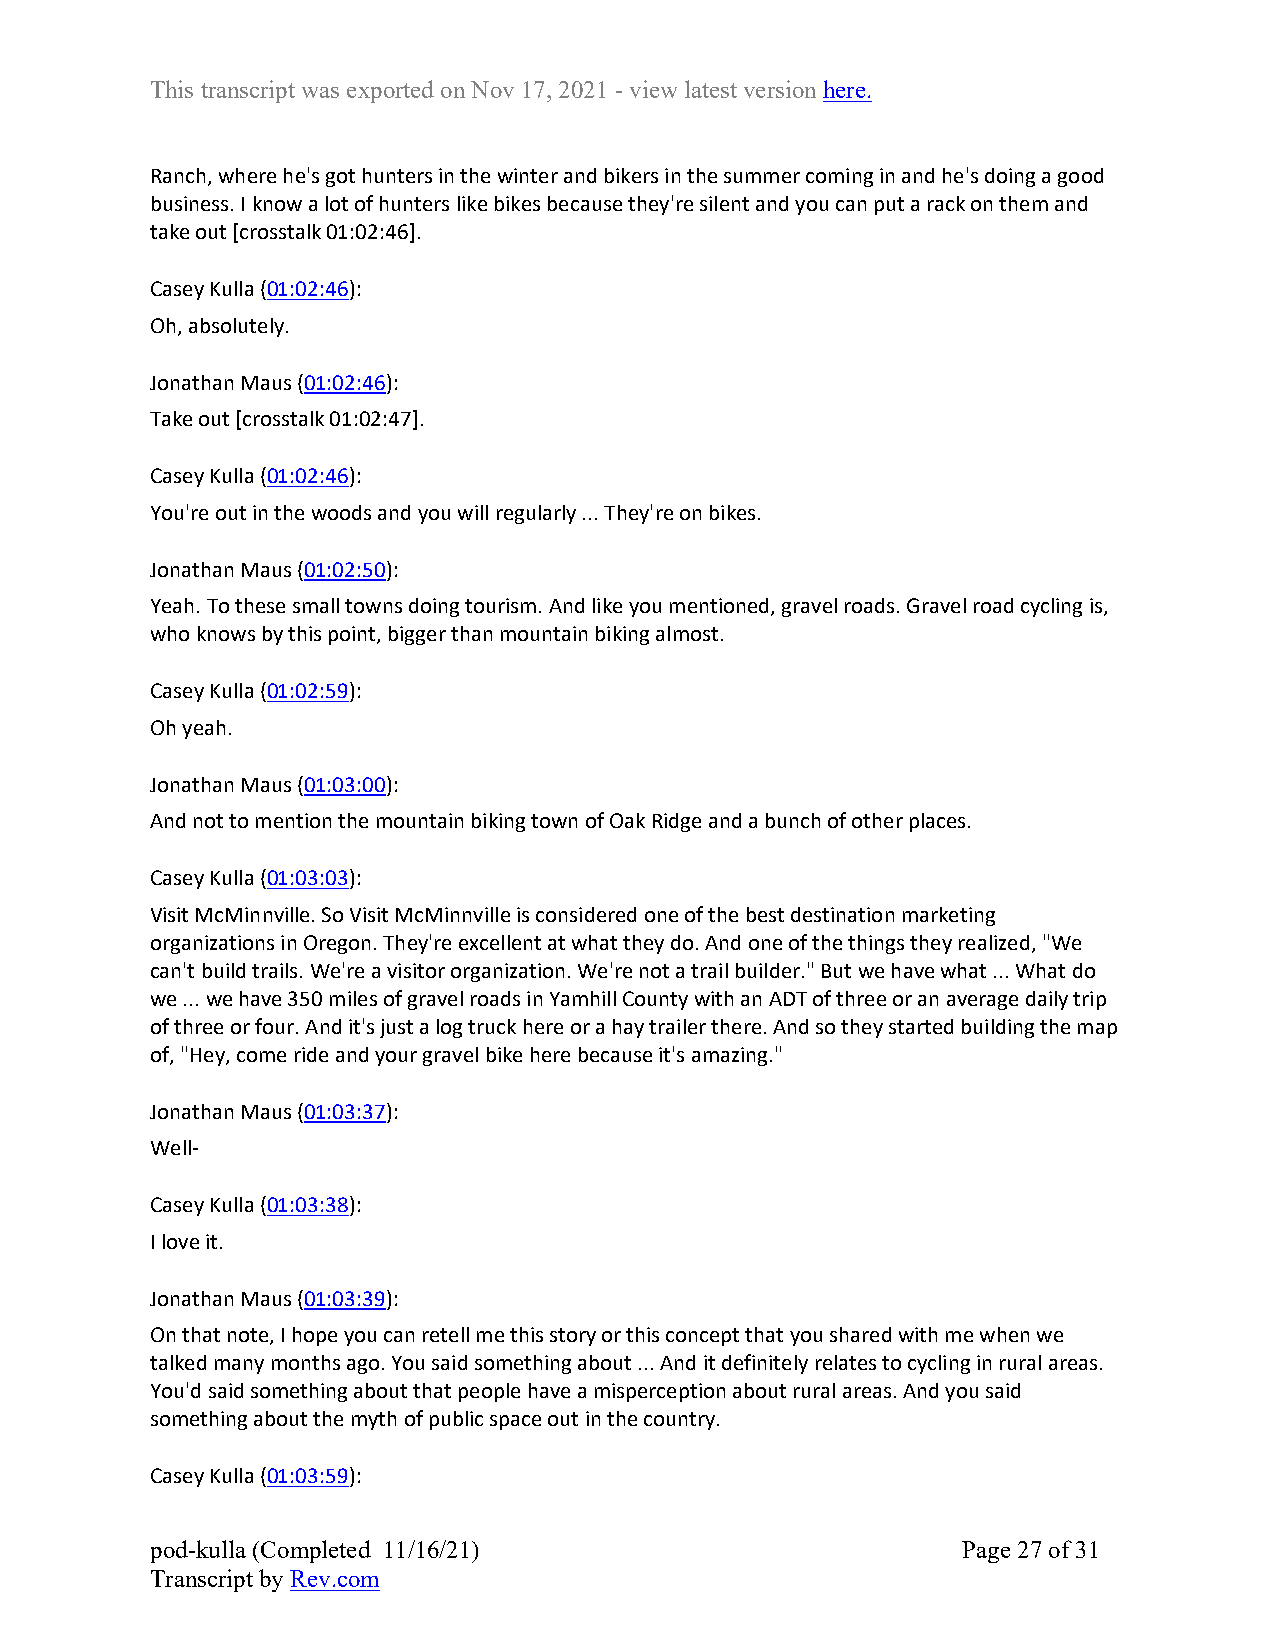
This transcript was exported on Nov 17, 2021 - view latest version here.
 Ranch, where he's got hunters in the winter and bikers in the summer coming in and he's doing a good
 business. I know a lot of hunters like bikes because they're silent and you can put a rack on them and
 take out [crosstalk 01:02:46].
 Casey Kulla (01:02:46):
 Oh, absolutely.
 Jonathan Maus (01:02:46):
 Take out [crosstalk 01:02:47].
 Casey Kulla (01:02:46):
 You're out in the woods and you will regularly ... They're on bikes.
 Jonathan Maus (01:02:50):
 Yeah. To these small towns doing tourism. And like you mentioned, gravel roads. Gravel road cycling is,
 who knows by this point, bigger than mountain biking almost.
 Casey Kulla (01:02:59):
 Oh yeah.
 Jonathan Maus (01:03:00):
 And not to mention the mountain biking town of Oak Ridge and a bunch of other places.
 Casey Kulla (01:03:03):
 Visit McMinnville. So Visit McMinnville is considered one of the best destination marketing
 organizations in Oregon. They're excellent at what they do. And one of the things they realized, "We
 can't build trails. We're a visitor organization. We're not a trail builder." But we have what ... What do
 we ... we have 350 miles of gravel roads in Yamhill County with an ADT of three or an average daily trip
 of three or four. And it's just a log truck here or a hay trailer there. And so they started building the map
 of, "Hey, come ride and your gravel bike here because it's amazing."
 Jonathan Maus (01:03:37):
 Well-
 Casey Kulla (01:03:38):
 I love it.
 Jonathan Maus (01:03:39):
 On that note, I hope you can retell me this story or this concept that you shared with me when we
 talked many months ago. You said something about ... And it definitely relates to cycling in rural areas.
 You'd said something about that people have a misperception about rural areas. And you said
 something about the myth of public space out in the country.
 Casey Kulla (01:03:59):
 pod-kulla (Completed 11/16/21)                        Page 27 of 31
 Transcript by Rev.com